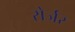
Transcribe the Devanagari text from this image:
रोर्जर